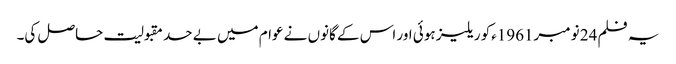
یہ فلم 24 نومبر1961ءکو ریلیز ہوئی اور اس کے گانوں نے عوام میں بے حد مقبولیت حاصل کی۔